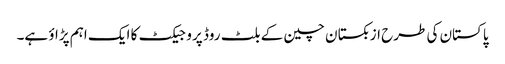
پاکستان کی طرح ازبکستان چین کے بلٹ روڈ پروجیکٹ کا ایک اہم پڑاؤ ہے۔